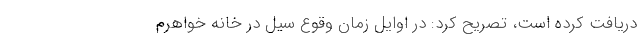
دریافت کرده است، تصریح کرد: در اوایل زمان وقوع سیل در خانه خواهرم